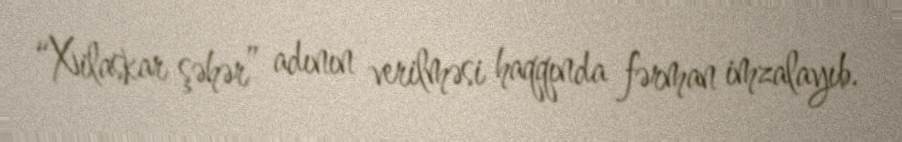
“Xilaskar şəhər” adının verilməsi haqqında fərman imzalayıb.